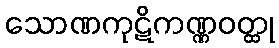
သောဏကုဋိကဏ္ဏဝတ္ထု